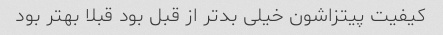
کیفیت پیتزاشون خیلی بدتر از قبل بود قبلا بهتر بود